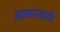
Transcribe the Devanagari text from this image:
आश्रयदायी